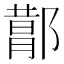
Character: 𬪕